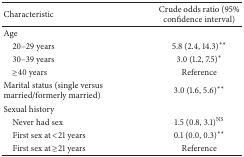
<table><thead><tr><td><b>Characteristic</b></td><td><b>Crude odds ratio (95% confidence interval)</b></td></tr></thead><tbody><tr><td>Age</td><td> </td></tr><tr><td> 20–29 years</td><td>5.8 (2.4, 14.3)<sup><i>∗∗</i></sup></td></tr><tr><td> 30–39 years</td><td>3.0 (1.2, 7.5)<sup><i>∗</i></sup></td></tr><tr><td> ≥40 years</td><td>Reference</td></tr><tr><td>Marital status (single versus married/formerly married)</td><td>3.0 (1.6, 5.6)<sup><i>∗∗</i></sup></td></tr><tr><td>Sexual history </td><td> </td></tr><tr><td> Never had sex</td><td>1.5 (0.8, 3.1)<sup>NS</sup></td></tr><tr><td> First sex at &lt;21 years</td><td>0.1 (0.0, 0.3)<sup><i>∗∗</i></sup></td></tr><tr><td> First sex at ≥21 years</td><td>Reference</td></tr></tbody></table>